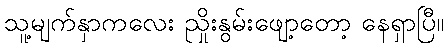
သူ့မျက်နှာကလေး ညှိုးနွမ်းဖျော့တော့ နေရှာပြီ။